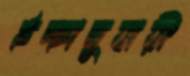
ইচ্ছানুযায়ী